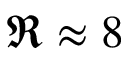
\Re \approx 8